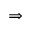
\Rightarrow